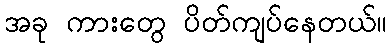
အခု ကားတွေ ပိတ်ကျပ်နေတယ်။